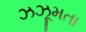
ઝઝૂમતા